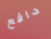
دافع